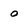
Character: o